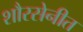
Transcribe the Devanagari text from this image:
शौरसेनीत